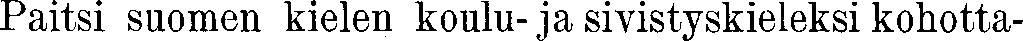
Paitsi suomen kielen koulu-ja sivistyskieleksi kohotta-